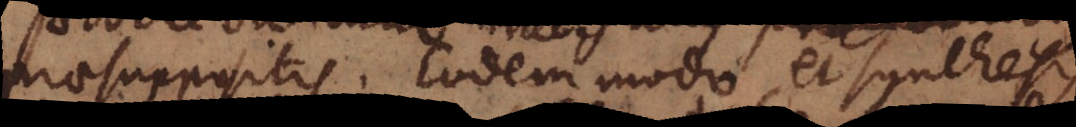
praesuppositis. Eodem modo et synthesis